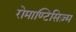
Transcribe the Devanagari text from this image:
रोमाण्टिसिज़्म